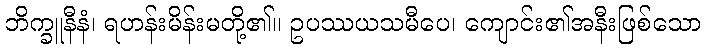
ဘိက္ခူနီနံ၊ ရဟန်းမိန်းမတို့၏။ ဥပဿယသမီပေ၊ ကျောင်း၏အနီးဖြစ်သော